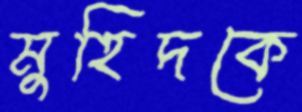
মুহিদকে